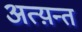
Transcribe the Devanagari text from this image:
अत्य़न्त